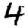
Digit: 4